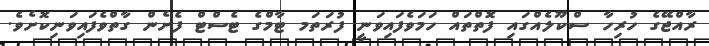
ރާއްޖޭގެ ހުރިހާ ސްކޫލެއްގައި ފޮތްތައް ހަމަވެފައިވަނީ ފުރަތަމ ޓާމްގެ ޓެސްޓް ފެށެން ގާތްވެފައިވަނިކޮށެވެ.